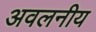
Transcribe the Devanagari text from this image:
अवलनीय